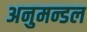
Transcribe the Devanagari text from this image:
अनुमन्डल